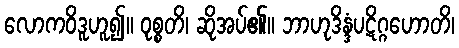
လောကဝိဒူဟူ၍။ ဝုစ္စတိ၊ ဆိုအပ်၏။ ဘာဟုဒိန္ဒံပဋိဂ္ဂဟောတိ၊